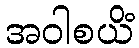
အဝါစယိံ